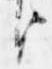
臣